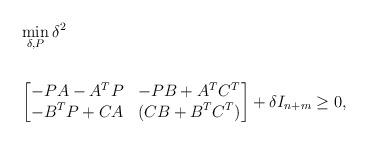
LaTeX: \begin{align*}&\min_{\delta, P} \delta^2 \\& \ \ \\&\begin{bmatrix}-PA-A^{T}P & -PB+A^{T}C^{T} \\-B^{T}P+CA & (CB+B^{T}C^{T})\end{bmatrix} + \delta I_{n+m} \geq 0, \end{align*}